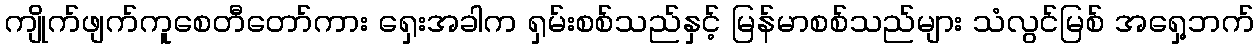
ကျိုက်ဖျက်ကူစေတီတော်ကား ရှေးအခါက ရှမ်းစစ်သည်နှင့် မြန်မာစစ်သည်များ သံလွင်မြစ် အရှေ့ဘက်